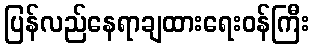
ပြန်လည်နေရာချထားရေးဝန်ကြီး